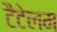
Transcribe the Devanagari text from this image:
टैटेलम